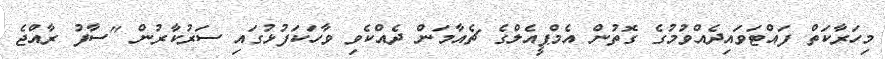
މިހަރާކަތް ފައްޓަވައިދެއްވުމުގެ ގޮތުން އެމްޕީއެލްގެ ޗެއާމަން ދެއްކެވި ވާހަކަފުޅުގައި ސަރުކާރުން "ސާފު ރާއްޖެ